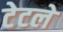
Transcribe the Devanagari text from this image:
टेटले